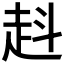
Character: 﨣